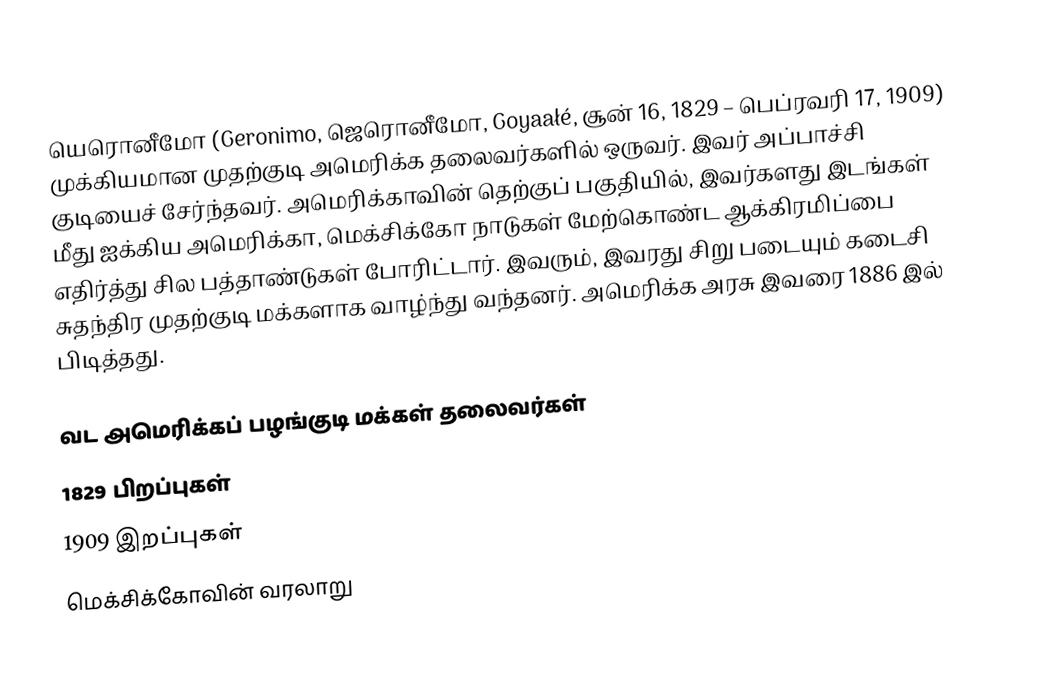
யெரொனீமோ (Geronimo, ஜெரொனீமோ, Goyaałé, சூன் 16, 1829 – பெப்ரவரி 17, 1909) முக்கியமான முதற்குடி அமெரிக்க தலைவர்களில் ஒருவர். இவர் அப்பாச்சி குடியைச் சேர்ந்தவர். அமெரிக்காவின் தெற்குப் பகுதியில், இவர்களது இடங்கள் மீது ஐக்கிய அமெரிக்கா, மெக்சிக்கோ நாடுகள் மேற்கொண்ட ஆக்கிரமிப்பை எதிர்த்து சில பத்தாண்டுகள் போரிட்டார். இவரும், இவரது சிறு படையும் கடைசி சுதந்திர முதற்குடி மக்களாக வாழ்ந்து வந்தனர். அமெரிக்க அரசு இவரை 1886 இல் பிடித்தது.

வட அமெரிக்கப் பழங்குடி மக்கள் தலைவர்கள்
1829 பிறப்புகள்
1909 இறப்புகள்
மெக்சிக்கோவின் வரலாறு